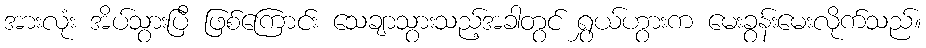
အားလုံး အိပ်သွားပြီ ဖြစ်ကြောင်း သေချာသွားသည့်အခါတွင် ရွှယ်ဟွားက မေးခွန်းမေးလိုက်သည်။